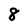
Character: 8